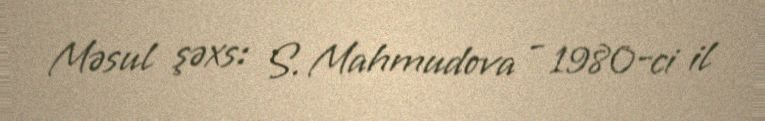
Məsul şəxs: S. Mahmudova - 1980-ci il